Annual report of the Imperial Bacteriologist
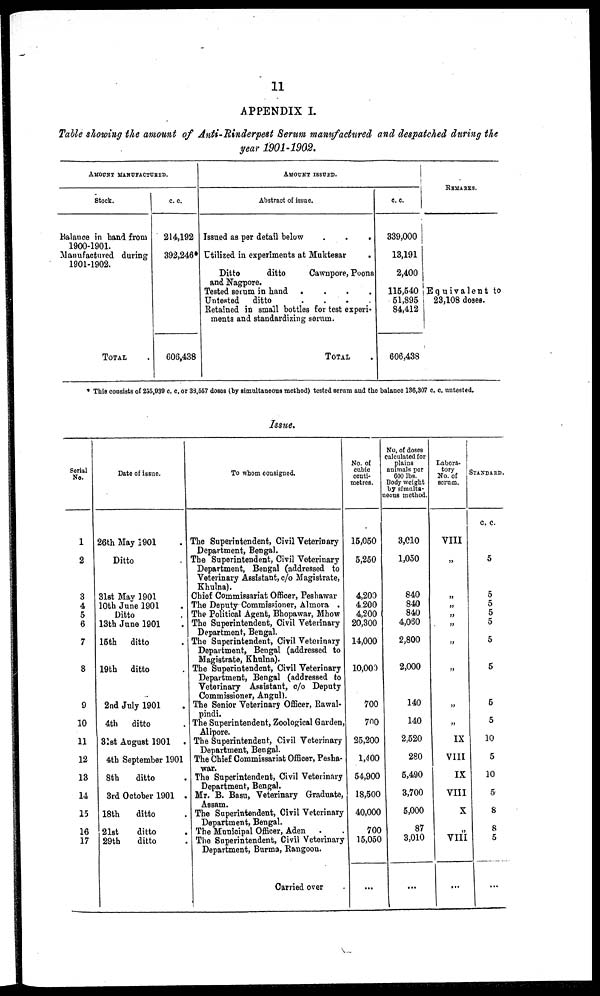
11
APPENDIX I.
Table showing the amount of Anti-Rinderpest Serum manufactured and despatched during the
year 1901-1902.
AMOUNT MANUFACTURED
Stock.
Balance in hand from
1900-1901.
Manufactured during
1901-1902.
TOTAL
c. c.
214,192
392,246*
606,438
AMOUNT ISSUED.
Abstract of issue.
Issued as per detail below
.
.
.
Utilized in experiments at Muktesar .
Ditto
ditto
Cawnpore, Poona
and Nagpore.
Tested serum in hand
....
Untested ditto
....
Retained in small bottles for test experi¬
ments and standardizing serum.
TOTAL
c. c.
339,000
13,191
2,400
115,540
51,895
84,412
606,438
REMARKS.
Equivalent to
23,108 doses.
* This consists of 255,939 c. c. or 38,557 doses (by simultaneous method) tested serum and the balance 136,307 c. c. untested.
Issue.
Serial
No.
1
2
3
4
5
6
7
8
9
10
11
12
13
14
15
16
17
Date of issue.
26th May 1901 .
Ditto
31st May 1901
10th June 1901 .
Ditto .
13th June 1901 .
15th ditto .
19th ditto .
2nd July 1901 .
4th ditto .
31st August 1901 .
4th September 1901
8th
ditto .
3rd October 1901 .
18th
ditto .
21st
ditto .
29th
ditto .
To whom consigned.
The Superintendent, Civil Veterinary
Department, Bengal.
The Superintendent, Civil Veterinary
Department, Bengal (addressed to
Veterinary Assistant, c/o Magistrate,
Khulna).
Chief Commissariat Officer, Peshawar
The Deputy Commissioner, Almora .
The Political Agent, Bhopawar, Mhow
The Superintendent, Civil Veterinary
Department, Bengal.
The Superintendent, Civil Veterinary
Department, Bengal (addressed to
Magistrate, Khulna).
The Superintendent, Civil Veterinary
Department, Bengal (addressed to
Veterinary Assistant, c/o Deputy
Commissioner, Angul).
The Senior Veterinary Officer, Rawal-
pindi.
The Superintendent, Zoological Garden,
Alipore.
The Superintendent, Civil Veterinary
Department, Bengal.
The Chief Commissariat Officer, Pesha-
war.
The Superintendent, Civil Veterinary
Department, Bengal.
Mr. B. Basu, Veterinary Graduate,
Assam.
The Superintendent, Civil Veterinary
Department, Bengal.
The Municipal Officer, Aden . .
The Superintendent, Civil Veterinary
Department, Burma, Rangoon.
Carried over
No. of
cubic
centi-
metres.
15,050
5,250
4,200
4,200
4,200
20,300
14,000
10,000
700
700
25,200
1,400
54,900
18,500
40,000
700
15,050
...
No. of doses
calculated for
plains
animals per
600 lbs.
Body weight
by simulta-
neous method.
3,010
1,050
840
840
840
4,060
2,800
2,000
140
140
2,520
280
5,490
3,700
5,000
87
3,010
...
Labora-
tory
No. of
serum.
VIII
„
„
„
„
„
„
„
„
„
IX
VIII
IX
VIII
X
„
VIII
...
STANDARD.
c. c.
5
5
5
5
5
5
5
5
5
10
5
10
5
8
8
5
...